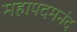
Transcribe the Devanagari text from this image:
महापदमनंद